Vaccination in Bombay 1889-1901 - 1889-1901
Year: 1889
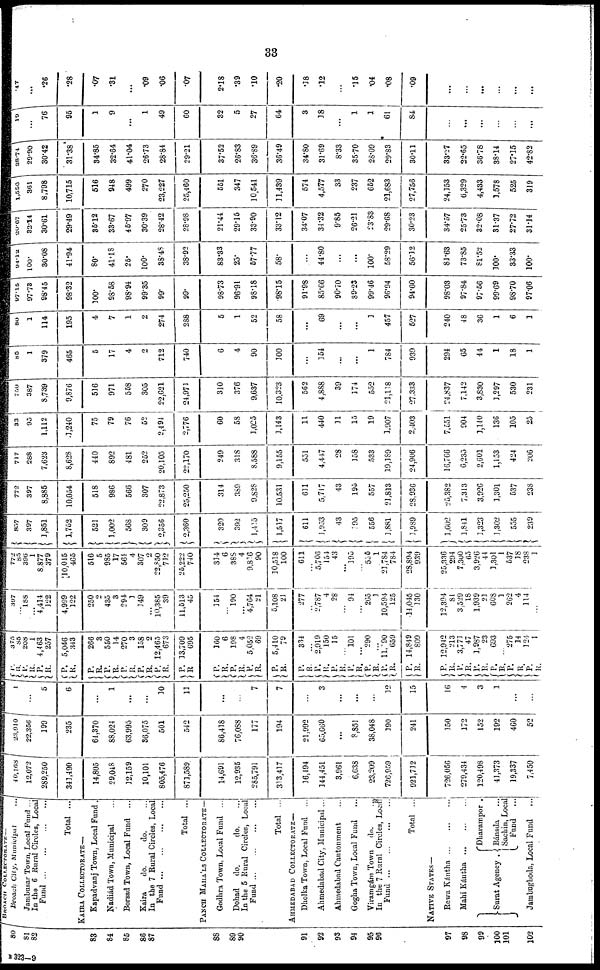
33
80
81
82
83
84
85
86
87
88
89
90
91
92
93
94
95
96
97
98
99
100
101
102
BROACH
COLLECTORATE—
Broach City, Municipal ...
Jambusar Town, Local Fund ...
In the 6 Rural Circles, Local
Fund
...
...
...
...
Total ...
KAIRA COLLECTORATE—
Kapadvanj Town, Local Fund .
Nadiád Town, Municipal ...
Borsad Town, Local Fund ...
Kaira
do.
do. ...
In the 7 Rural Circles, Local
Fund
...
...
...
...
Total ...
PANCH MAHA'LS COLLECTORATE—
Godhra Town, Local Fund ...
Dohad
do.
do. ...
In the 5 Rural Circles, Local
Fund
...
...
...
...
Total ...
AHMEDABAD COLLECTORATE—
Dholka Town, Local Fund ...
Ahmedabad City, Municipal ...
Ahmedabad Cantonment ...
Gogha Town, Local Fund ...
Viramgám Town
do.
.
In the 7 Rural Circles, Local
Fund
...
...
...
...
Total ...
NATIVE STATES—
Rewa Kántha
...
...
...
Mahi Kántha
...
...
...
Surat Agency .
Dharampor .
Bánsda ...
Sachin, Local
Fund ...
Jambughoda, Local Fund ...
40,168
12,072
289,250
341,490
14,805
29,048
12,159
10,101
805,476
871,589.
14,691
12,935
285,791
313,417
16,494
144,451
3,961
6,638
23,209
726,959
921,712
726,056
279,434
120,498
41,373
19,337
7,450
23,910
22,356
199
235
64,370
88,024
63,995
36,075
501
542
86,418
76,088
177
194
21,992
65,660
...
8,851
38,048
190
241
150
172
152
192
460
52
1
...
5
6
...
1
...
...
10
11
...
...
7
7
...
3
...
...
...
12
15
16
4
3
1
...
...
P.
R.
P.
R.
P.
R.
P.
R.
P.
R.
P.
R. P.
R.
P.
R.
P.
R.
P.
R.
P.
R.
P.
R.
P.
R.
P.
R.
P.
R.
P. R.
P.
R.
P.
R.
P.
R.
P.
R.
P.
R.
P.
R.
P.
R.
P.
R.
P.
R.
P.
R.
P.
R.
375
85
208
1
4,463
257
5,046
343
266
3
550
14
270
3
158
2
12,465
673
13,709
695
160
6
198
4
5,052
69
5,410
79
334
...
2,919
150
15
...
101
...
290
...
11.090
659
14,849
809
12,942
213
3,773
47
1,987
23
693
...
275
14
124
1
397
...
188
...
4,414
122
4,999
122
250
2
435
3
294
1
149
...
10,385
39
11,513
45
154
...
190
...
4,764
21
5,108
21
277
...
2,787
4
28
...
94
...
265
1
10,594
125
14,045
330
12,394
81
3,529
18
1,939
21
608
1
262
4
114
...
772
85
396
1
8,877
379
10,045
465
516
5
985
17
561
4
307
2
22,850
712
25,222
740
314
6
388
4
9,816
90
30,518
100
611
...
5,706
154
43
... 195
...
555
1 21,784
784
28,894
939
25,336
294
7,300
65
3,926
44
1,301
1
537
18
238
1
857
397
1,851
1,752
521
1,002
568
309
2,356
2,360
320
392
1,415
1,517
611
1,953
43
195
556
1,881
1,989
1,602
1,841
1,323
1,302
555
239
772
397
8,885
10,054
518
986
566
307
22,873
25,250
314
389
9,828
10,531
611
5,717
43
195
557
21,813
28,936
25,382
7,313
3,926
1,301
537
238
717
288
7,623
8,628
440
892
481
252
20,105
22,170
249
318
8,588
9,155
551
4,447
28
158
533
19,189
24,906
16,766
6,235
2,601
1,153
424
206
33
95
1,112
1,240
75
79
76
52
2,494
2,776
60
58
1,025
1,143
11
440
11
15
19
1,907
2,403
7,551
904
1,140
136
105
25
750
387
8,739
9,876
516
971
558
305
22,621
24,971
310
376
9,637
10,323
562
4,888
39
174
552
21,118
27,333
24,837
7,142
3,830
1,297
530
231
85
1
379
465
5
17
4
2
712
740
6
4
90
100
...
154
...
...
1
784
939
294
65
44
1
18
1
80
1
114
195
4
7
1
2
274
288
5
1
52
58
...
69
...
...
3
457
527
240
48
36
1
6
1
97.15
97.73
98.45
98.32
100.
98.58
98.94
99.35
99.
99.
98.73
96.91
98.18
98.15
91.98
85.66
90.70
89.23
99.46
96.94
94.60
98.03
97.84
97.56
99.69
98.70
97.06
94.12
100.
30.08
41.94
80.
41.18
25.
100.
38.48
38.92
83.33
25.
57.77
58.
...
44.80
...
...
100.
58.29
56.12
81.63
73.85
81.52
100.
33.33
100.
20.67
32.14
30.61
29.49
35.12
33.67
45.97
30.39
28.42
28.98
21.44
29.15
33.90
33.12
34.07
34.32
9.85
26.21
23.83
29.68
30.23
34.57
25.73
32.08
31.37
27.72
31.14
1,550
361
8,798
10,715
516
948
499
270
23,227
25,460
551
347
10,541
11,439
574
4,577
33
237
652
21,683
27,756
24,153
6,329
4,433
1,578
525
319
38.74
29.90
30.42
31.38
34.85
32.64
41.04
26.73
28.84
29.21
37.52
26.83
36.89
36.49
34.80
31.69
8.33
35.70
28.09
29.83
30.11
33.27
22.65
36.78
38.14
27.15
42.82
19
...
76
95
1
9
...
1
49
60
32
5
27
64
3
38
...
1
1
61
84
...
...
...
...
...
...
.47
...
.26
.28
.07
.31
...
.09
.06
.07
2.18
.39
.10
.20
.18
.12
...
.15
.04
.08
.09
...
...
...
...
...
...
B 323—9